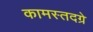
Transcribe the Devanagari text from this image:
कामस्तदग्रे